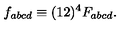
f _ { a b c d } \equiv ( 1 2 ) ^ { 4 } F _ { a b c d } .